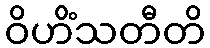
ဝိဟိံသတီတိ